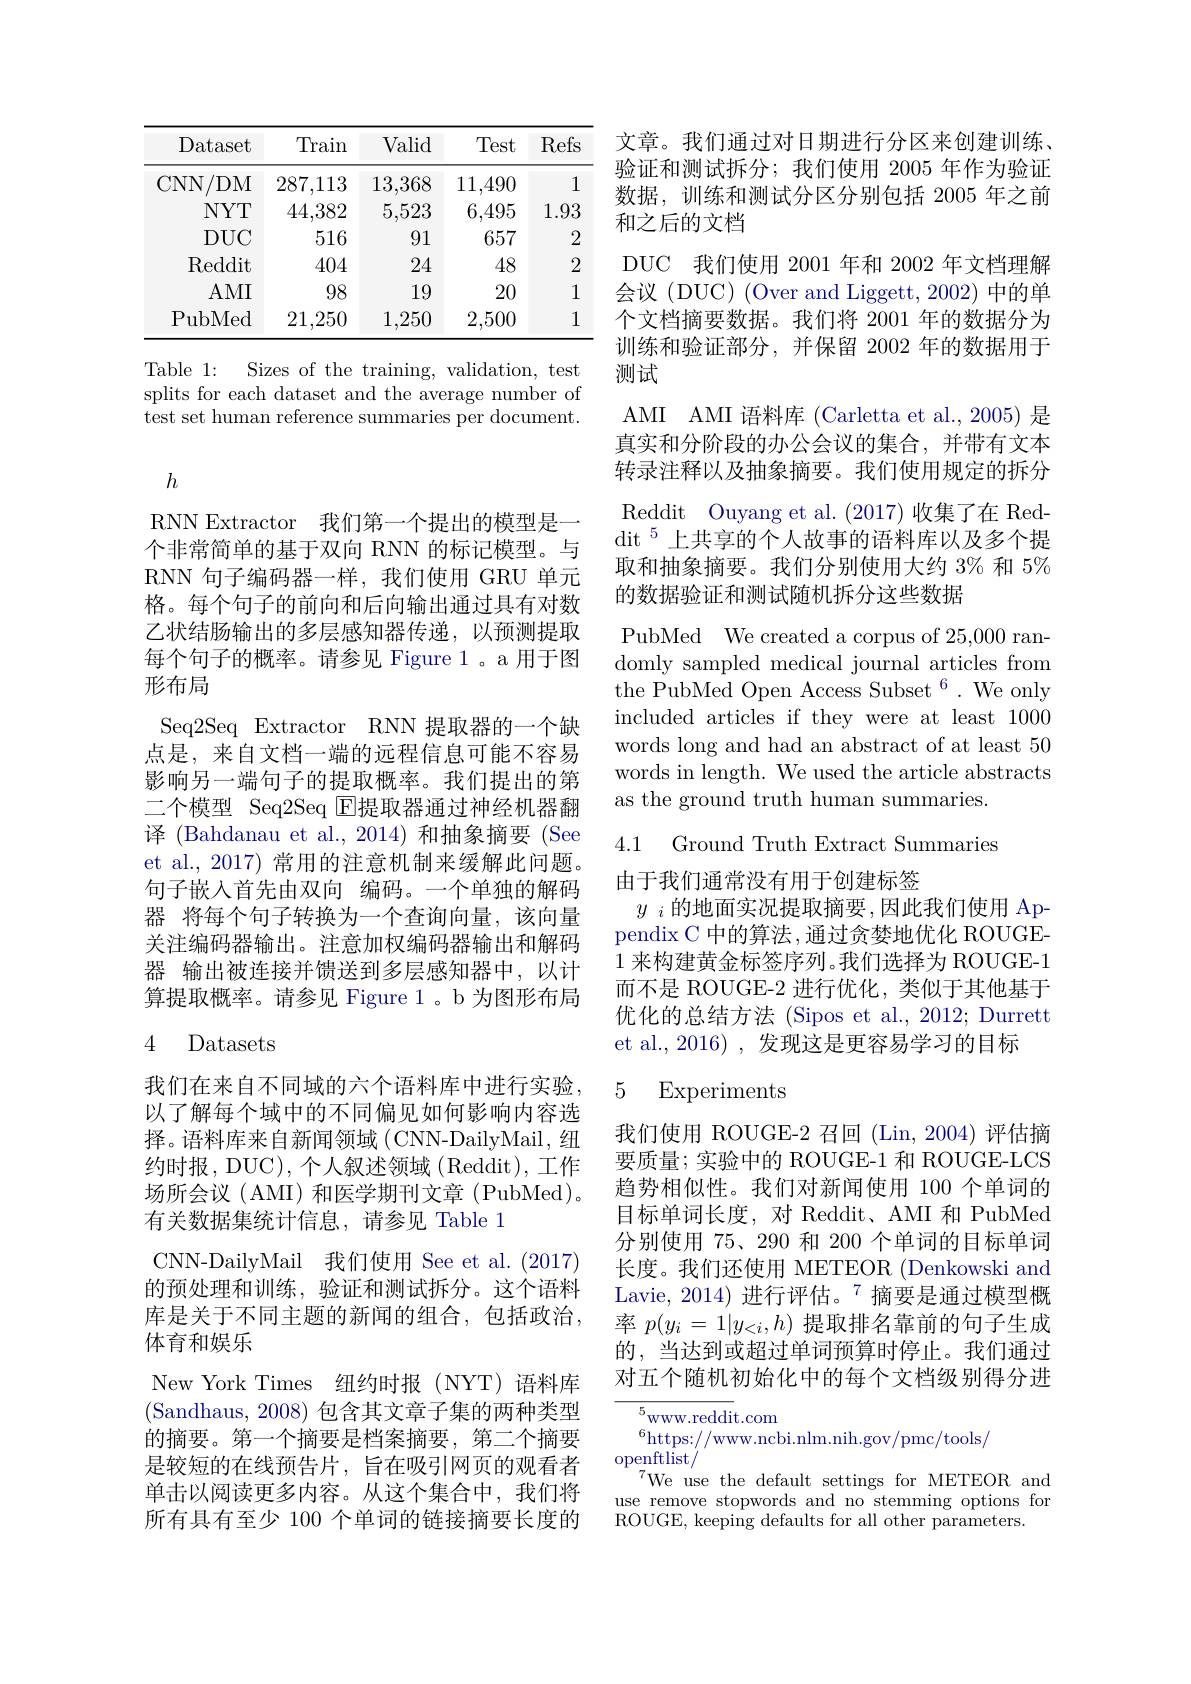
<table>
	<tbody>
		<tr>
			<th>Dataset</th>
			<th>Train</th>
			<th>Valid</th>
			<th>Test</th>
			<th>Refs</th>
		</tr>
		<tr>
			<td>CNN/ DM</td>
			<td>287,113</td>
			<td>13,368</td>
			<td>11,490</td>
			<td>1</td>
		</tr>
		<tr>
			<td>$NYT$</td>
			<td>44,382</td>
			<td>5,523</td>
			<td>6,495</td>
			<td>1.93</td>
		</tr>
		<tr>
			<td>$DUC$</td>
			<td>516</td>
			<td>91</td>
			<td>657</td>
			<td>2</td>
		</tr>
		<tr>
			<td>Reddit</td>
			<td>404</td>
			<td>24</td>
			<td>48</td>
			<td>2</td>
		</tr>
		<tr>
			<td>$AMI$</td>
			<td>98</td>
			<td>19</td>
			<td>20</td>
			<td>1</td>
		</tr>
		<tr>
			<td>PubMed</td>
			<td>21,250</td>
			<td>1,250</td>
			<td>2,500</td>
			<td>1</td>
		</tr>
	</tbody>
</table>

Table 1:
Sizes of the training, validation, test
splits for each dataset and the average number of test set human reference summaries per document.

$h$

RNN Extractor 我们第一个提出的模型是一个非常简单的基于双向 RNN 的标记模型。与RNN 句子编码器一样，我们使用 GRU 单元格。每个句子的前向和后向输出通过具有对数乙状结肠输出的多层感知器传递，以预测提取每个句子的概率。请参见 Figure 1。a 用于图形布局
Seq2Seq Extractor RNN 提取器的一个缺点是，来自文档一端的远程信息可能不容易影响另一端句子的提取概率。我们提出的第二个模型 Seq2Seq $\Xi$提取器通过神经机器翻译 (Bahdanau et al.,2014) 和抽象摘要 (See et al., 2017) 常用的注意机制来缓解此问题。句子嵌入首先由双向 编码。一个单独的解码器 将每个句子转换为一个查询向量，该向量关注编码器输出。注意加权编码器输出和解码器 输出被连接并馈送到多层感知器中，以计算提取概率。请参见 Figure 1 。b 为图形布局4 Datasets

我们在来自不同域的六个语料库中进行实验， 以了解每个域中的不同偏见如何影响内容选择。语料库来自新闻领域(CNN-DailyMail, 纽约时报，DUC), 个人叙述领域 ( Reddit), 工作场所会议(AMI)和医学期刊文章(PubMed)。有关数据集统计信息，请参见 Table 1
CNN-DailyMail 我们使用 See et al. (2017) 的预处理和训练，验证和测试拆分。这个语料库是关于不同主题的新闻的组合，包括政治， 体育和娱乐
New York Times 纽约时报(NYT)语料库(Sandhaus, 2008)包含其文章子集的两种类型的摘要。第一个摘要是档案摘要，第二个摘要是较短的在线预告片，旨在吸引网页的观看者单击以阅读更多内容。从这个集合中，我们将所有具有至少 100 个单词的链接摘要长度的

文章。我们通过对日期进行分区来创建训练。验证和测试拆分；我们使用 2005 年作为验证数据，训练和测试分区分别包括 2005 年之前和之后的文档
DUC 我们使用 2001 年和 2002 年文档理解会议(DUC)(Over and Liggett, 2002)中的单个文档摘要数据。我们将 2001 年的数据分为训练和验证部分，并保留 2002 年的数据用于测试
AMI AMI 语料库 (Carletta et al.,2005) 是真实和分阶段的办公会议的集合，并带有文本转录注释以及抽象摘要。我们使用规定的拆分Reddit Ouyang et al. (2017)收集了在 Red- $\mathrm{dit~}^{5}$上共享的个人故事的语料库以及多个提取和抽象摘要。我们分别使用大约 3% 和 5% 的数据验证和测试随机拆分这些数据

PubMed We created a corpus of 25,000 randomly sampled medical journal articles from the PubMed Open Access Subset $^6.$ We only included articles if they were at least 1000 words long and had an abstract of at least 50 words in length. We used the article abstracts as the ground truth human summaries.

4.1 Ground Truth Extract Summaries

由于我们通常没有用于创建标签
$y_i$ 的地面实况提取摘要 ,因此我们使用 Appendix C 中的算法 ,通过贪婪地优化 ROUGE- 1来构建黄金标签序列。我们选择为 ROUGE-1而不是 ROUGE-2 进行优化，类似于其他基于优化的总结方法 (Sipos et al., 2012; Durrett et al., 2016) , 发现这是更容易学习的目标

### 5 Experiments

我们使用 ROUGE-2 召回 (Lin,2004)评估摘要质量；实验中的 ROUGE-1 和 ROUGE-LCS 趋势相似性。我们对新闻使用 100 个单词的目标单词长度，对 Reddit、AMI 和 PubMed 分别使用 75、290 和 200 个单词的目标单词长度。我们还使用 METEOR (Denkowski and Lavie, 2014) 进行评估。$^{7}$摘要是通过模型概率$p(y_i=1|y_{<i},h)$提取排名靠前的句子生成的，当达到或超过单词预算时停止。我们通过对五个随机初始化中的每个文档级别得分进

${\overline{{5}}}_{\mathrm{www.reddit.com}}$
$^{6}$https://www.ncbi.nlm.nih.gov/pmc/tools/
$\underset{{\mathrm{openftlist}}}{\operatorname*{\operatorname*{openftlist}}}$
$^{7}$We use the default settings for METEOR and use remove stopwords and no stemming options for ROUGE, keeping defaults for all other parameters.